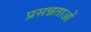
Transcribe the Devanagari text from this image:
प्रसन्नताओं